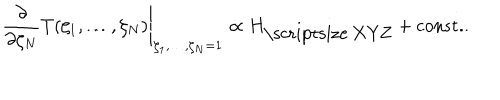
LaTeX: \left. \frac { \partial } { \partial \zeta _ { N } } T ( \zeta _ { 1 } , \ldots , \zeta _ { N } ) \right| _ { \zeta _ { 1 } , \ldots , \zeta _ { N } = 1 } \propto H _ { \mathrm { \scriptsize ~ X Y Z } } + \mathrm { c o n s t . } .